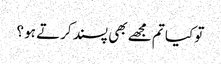
تو کیا تم مجھے بھی پسند کرتے ہو ؟